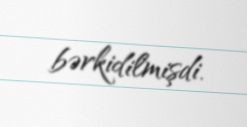
bərkidilmişdi.